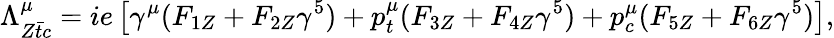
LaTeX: \Lambda_{Z\bar{t}c}^{\mu}=ie\left[\gamma^{\mu}(F_{1Z}+F_{2Z}\gamma^{5})+p_{t}^{\mu}(F_{3Z}+F_{4Z}\gamma^{5})+p_{c}^{\mu}(F_{5Z}+F_{6Z}\gamma^{5})\right],